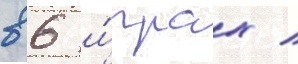
в 6 и́грах /